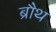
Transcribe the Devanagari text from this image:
ब्रौथ